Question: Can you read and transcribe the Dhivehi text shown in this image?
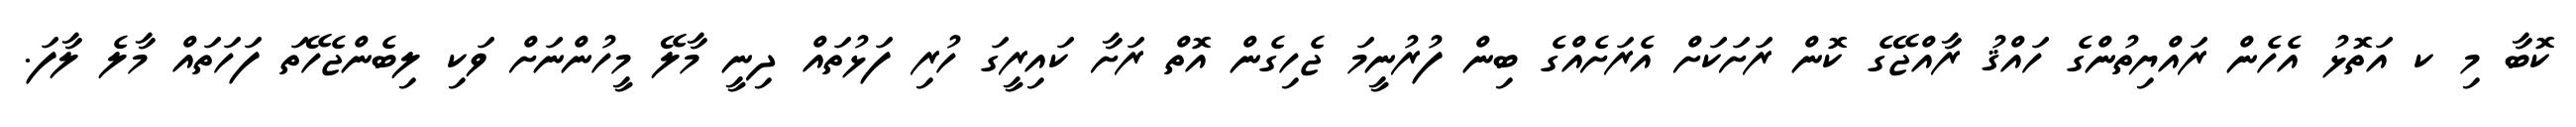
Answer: ކޮބާ މި ކ އަތޮޅު އެހެން ރައްޔިތުންގެ ހައްޤު ރާއްޖޭގެ ކޮން ރަށަކަށް އެރަށެއްގެ ބިން ފުރުނީމަ ޖެހިގެން އޮތް ރަށާ ކައިރީގަ ހުރި ފަޅުތައް ދިނީ މާލޭ މީހުންނަށް ވަކި ލިބެންޖެހޭތަ ފަހަތައް މާލެ ލާފަ.